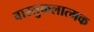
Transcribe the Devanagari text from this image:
वास्तुकलात्मक